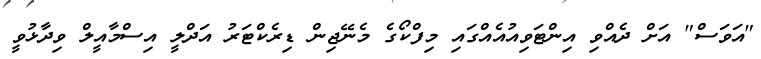
"އަވަސް" އަށް ދެއްވި އިންޓަވިއުއެއްގައި މިފްކޯގެ މެނޭޖިން ޑިރެކްޓަރު އަދްލީ އިސްމާއީލް ވިދާޅުވީ